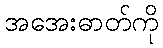
အအေးဓာတ်ကို